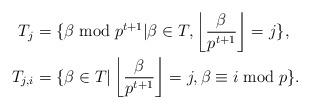
LaTeX: \begin{align*} T_{j} & =\{\beta \bmod p^{t+1} | \beta \in T , \left\lfloor \frac{\beta}{p^{t+1}} \right\rfloor =j \}, \\ T_{j,i} & =\{\beta \in T | \left\lfloor \frac{\beta}{p^{t+1}} \right\rfloor =j, \beta \equiv i \bmod{p} \}.\end{align*}